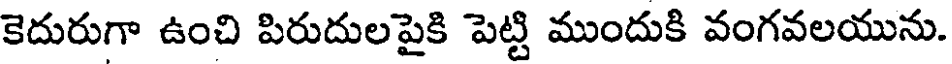
కెదురుగా ఉంచి పిరుదులపైకి పెట్టి ముందుకి వంగవలయును.